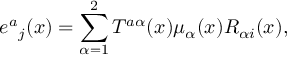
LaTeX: { e ^ { a } } _ { j } ( x ) = \sum _ { \alpha = 1 } ^ { 2 } T ^ { a \alpha } ( x ) \mu _ { \alpha } ( x ) { \cal R } _ { \alpha i } ( x ) ,